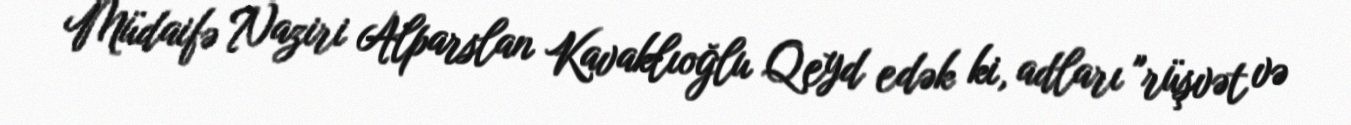
Müdaifə Naziri Alparslan Kavaklıoğlu Qeyd edək ki, adları "rüşvət və